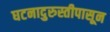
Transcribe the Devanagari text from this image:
घटनादुरुस्तीपासून